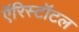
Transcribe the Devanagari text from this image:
ऍरिस्टॉटल